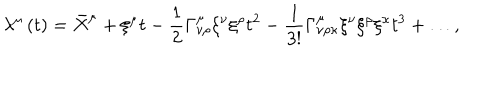
\lambda ^ { \mu } \left( t \right) = \bar { X } ^ { \mu } + \xi ^ { \mu } t - \frac { 1 } { 2 } \Gamma _ { \nu \rho } ^ { \mu } \xi ^ { \nu } \xi ^ { \rho } t ^ { 2 } - \frac { 1 } { 3 ! } \Gamma _ { \nu \rho \kappa } ^ { \mu } \xi ^ { \nu } \xi ^ { \rho } \xi ^ { \kappa } t ^ { 3 } + \ldots ,